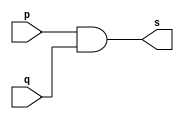
// ------------------------- 
// Exemplo0003 - AND 
// Nome: Pedro Henrique Hardeman Guedes
// ------------------------- 
// ------------------------- 
// -- and gate 
// ------------------------- 
module andgate ( output s,  
                 input  p,  
                 input  q); 
assign s = p & q; 
endmodule // andgate 
// --------------------- 
// -- test and gate 
// --------------------- 
module testandgate; 
// ------------------------- dados locais 
   reg   a, b; // definir registradores 
   wire  s;    // definir conexao (fio) 
// ------------------------- instancia 
   andgate AND1 (s, a, b); 
// ------------------------- preparacao 
   initial begin:start 
      a=0; b=0; 
end
// ------------------------- parte principal 
   initial begin 
      $display("Exemplo0003 - xxx yyy zzz - 999999"); 
      $display("Test AND gate"); 
      $display("\na & b = s\n"); 
      a=0; b=0; 
  #1  $display("%b & %b = %b", a, b, s); 
      a=0; b=1; 
  #1  $display("%b & %b = %b", a, b, s); 
      a=1; b=0; 
  #1  $display("%b & %b = %b", a, b, s); 
      a=1; b=1; 
  #1  $display("%b & %b = %b", a, b, s); 
 end 
endmodule // testandgate